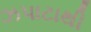
ઝપાટાથી